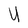
Character: u